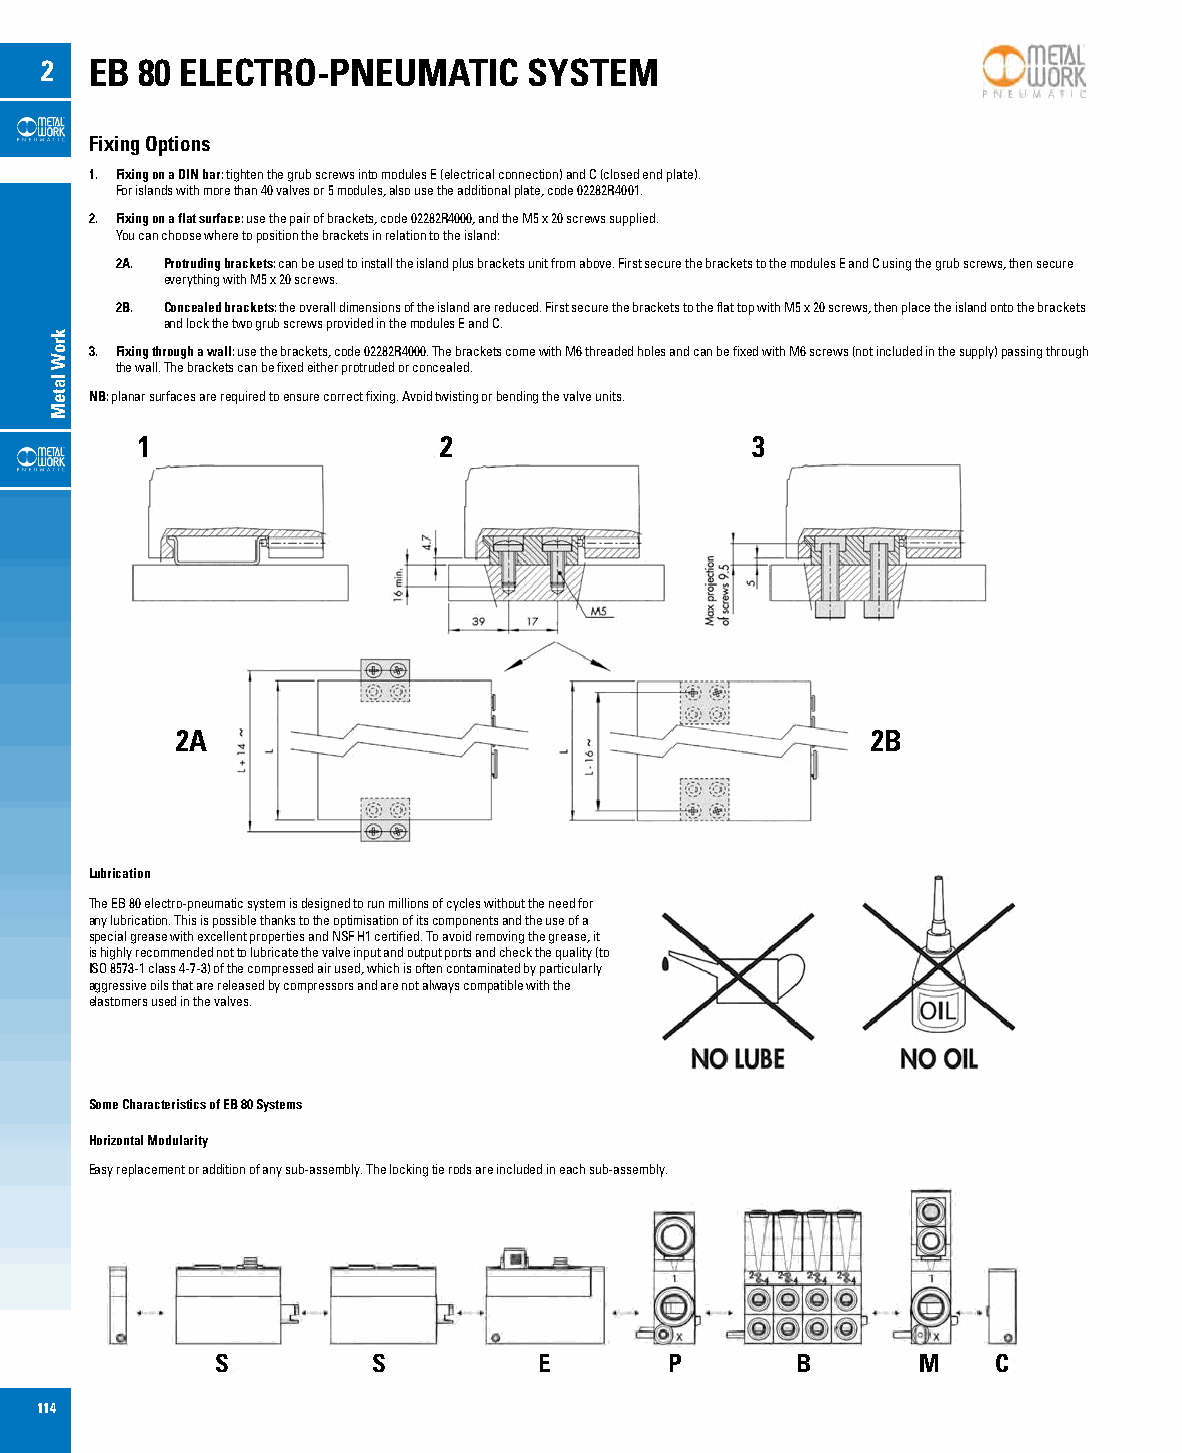
2  EB 80 ELECTRO-PNEUMATIC      SYSTEM
 Fixing Options
 1. Fixing on a DIN bar: tighten the grub screws into modules E (electrical connection) and C (closed end plate).
 For islands with more than 40 valves or 5 modules, also use the additional plate, code 02282R4001.
 2. Fixing on a flat surface: use the pair of brackets, code 02282R4000, and the M5 x 20 screws supplied.
 You can choose where to position the brackets in relation to the island:
 2A. Protruding brackets: can be used to install the island plus brackets unit from above. First secure the brackets to the modules E and C using the grub screws, then secure
 everything with M5 x 20 screws.
 2B. Concealed brackets: the overall dimensions of the island are reduced. First secure the brackets to the flat top with M5 x 20 screws, then place the island onto the brackets
 and lock the two grub screws provided in the modules E and C.
 3. Fixing through a wall: use the brackets, code 02282R4000. The brackets come with M6 threaded holes and can be fixed with M6 screws (not included in the supply) passing through
 the wall. The brackets can be fixed either protruded or concealed.
 NB: planar surfaces are required to ensure correct fixing. Avoid twisting or bending the valve units.
 1                   2                    3
 2A                                            2B
 Lubrication
 The EB 80 electro-pneumatic system is designed to run millions of cycles without the need for
 any lubrication. This is possible thanks to the optimisation of its components and the use of a
 special grease with excellent properties and NSF H1 certified. To avoid removing the grease, it
 is highly recommended not to lubricate the valve input and output ports and check the quality (to
 ISO 8573-1 class 4-7-3) of the compressed air used, which is often contaminated by particularly
 aggressive oils that are released by compressors and are not always compatible with the
 elastomers used in the valves.
 Some Characteristics of EB 80 Systems
 Horizontal Modularity
 Easy replacement or addition of any sub-assembly. The locking tie rods are included in each sub-assembly.
 S          S          E       P        B       M    C
 114
 kroW
 lateM